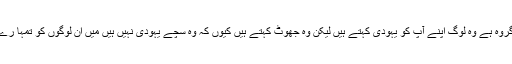
وہاں ایک (یہودی ہیکل) گروہ ہے جو شیطان کا گروہ ہے وہ لوگ اپنے آپ کو یہودی کہتے ہیں لیکن وہ جھوٹ کہتے ہیں کیوں کہ وہ سچے یہودی نہیں ہیں میں ان لوگوں کو تمہا رے سامنے لا کر تمہا رے قدموں میں جھکا دوں گا۔